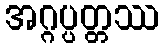
အဂ္ဂပ္ပတ္တဿ